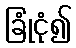
ခြုံငုံ၍